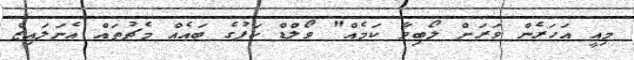
މިއީ އަހަރެން ވަރަށް ލޯބިވާ ކަމެއް" ވޯލްޑް ކަޕުގެ ބައެއް މެޗުތައް އެނަލައިޒް